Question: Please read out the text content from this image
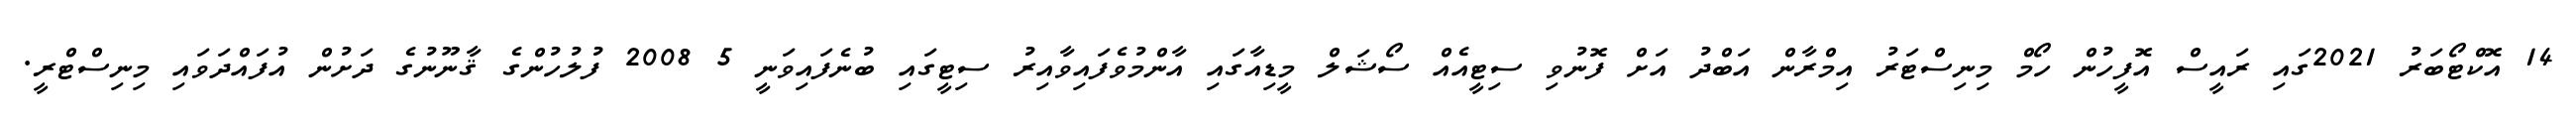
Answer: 14 އޮކްޓޯބަރު 2021ގައި ރައީސް އޮފީހުން ހޯމް މިނިސްޓަރު އިމްރާން އަބްދު އަށް ފޮނުވި ސިޓީއެއް ސޯޝަލް މީޑިއާގައި އާންމުވެފައިވާއިރު ސިޓީގައި ބުނެފައިވަނީ 5 2008 ފުލުހުންގެ ޤާނޫނުގެ ދަށުން އުފައްދަވައި މިނިސްޓްރީ.